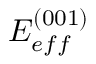
E _ { e f f } ^ { ( 0 0 1 ) }